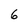
Character: 6